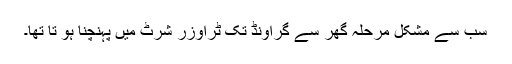
سب سے مشکل مرحلہ گھر سے گراونڈ تک ٹراوزر شرٹ میں پہنچنا ہو تا تھا۔